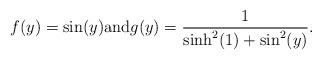
LaTeX: \begin{align*}f(y) = \sin(y) \mbox{and} g(y) = \frac{1}{\sinh^2(1) + \sin^2(y)}.\end{align*}